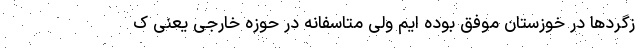
زگردها در خوزستان موفق بوده ایم ولی متاسفانه در حوزه خارجی یعنی ک